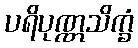
ပရိပုဏ္ဏသိက္ခံ